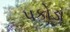
પકોડા